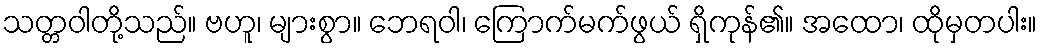
သတ္တဝါတို့သည်။ ဗဟူ၊ များစွာ။ ဘေရဝါ၊ ကြောက်မက်ဖွယ် ရှိကုန်၏။ အထော၊ ထိုမှတပါး။